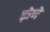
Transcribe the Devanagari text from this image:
ढ़ोणे